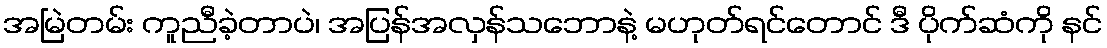
အမြဲတမ်း ကူညီခဲ့တာပဲ၊ အပြန်အလှန်သဘောနဲ့ မဟုတ်ရင်တောင် ဒီ ပိုက်ဆံကို နင်